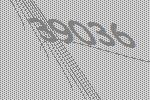
39036